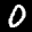
Label: 0